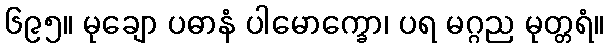
၆၉၅။ မုချော ပဓာနံ ပါမောက္ခော၊ ပရ မဂ္ဂည မုတ္တရံ။